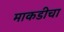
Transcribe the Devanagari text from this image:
माकडीचा